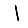
Digit: 1